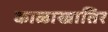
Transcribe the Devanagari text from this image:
काळाखातिर